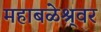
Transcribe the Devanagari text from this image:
महाबळेश्र्वर